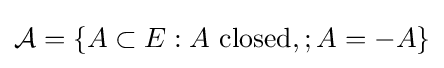
{\mathcal {A}}=\{A\subset E:A{\text{ closed}},;A=-A\}